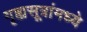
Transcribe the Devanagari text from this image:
गृह्यसूत्रांमध्ये